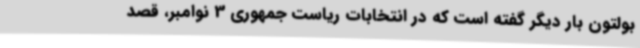
بولتون بار دیگر گفته است که در انتخابات ریاست جمهوری 3 نوامبر، قصد